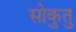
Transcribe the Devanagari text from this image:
सोकुतु